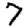
Digit: 7